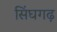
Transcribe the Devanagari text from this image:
सिंघगढ़